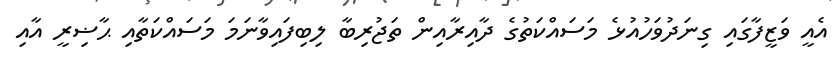
އެއީ ވަޒީފާގައި ގިނަދުވަހުއުޅެ މަސައްކަތުގެ ދާއިރާއިން ތަޖުރިބާ ލިބިފައިވާނަމަ މަސައްކަތާއި ޙާޟިރީ އާއި